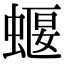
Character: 蝘